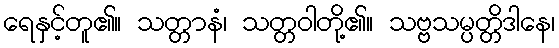
ရေနှင့်တူ၏။ သတ္တာနံ၊ သတ္တဝါတို့၏။ သဗ္ဗသမ္ပတ္တိဒါနေ၊